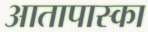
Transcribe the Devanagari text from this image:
आतापास्का